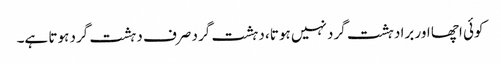
کوئی اچھا اور برا دہشت گرد نہیں ہوتا، دہشت گرد صرف دہشت گرد ہوتا ہے۔